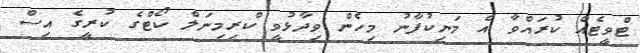
ޓްވީޓެއް ކުރައްވާ އެ މަނިކުފާނު މިހެން ވިދާޅުވީ ކްރިމިނަލް ކޯޓްގެ ކުރީގެ އިސް